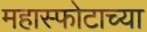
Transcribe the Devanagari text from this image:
महास्फोटाच्या